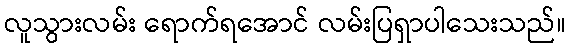
လူသွားလမ်း ရောက်ရအောင် လမ်းပြရှာပါသေးသည်။